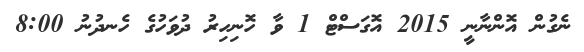
ނެގުން އޮންނާނީ 2015 އޮގަސްޓް 1 ވާ ހޮނިހިރު ދުވަހުގެ ހެނދުނު 8:00